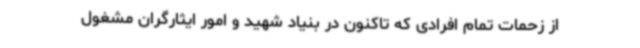
از زحمات تمام افرادی که تاکنون در بنیاد شهید و امور ایثارگران مشغول